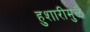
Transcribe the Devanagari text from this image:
हुशारीमुळे